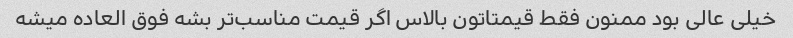
خیلی عالی بود ممنون فقط قیمتاتون بالاس اگر قیمت مناسب‌تر بشه فوق العاده میشه